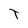
Character: T